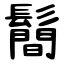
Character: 鬝